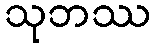
သုဘဿ